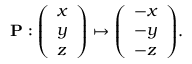
\mathbf { P } : { \left( \begin{array} { l } { x } \\ { y } \\ { z } \end{array} \right) } \mapsto { \left( \begin{array} { l } { - x } \\ { - y } \\ { - z } \end{array} \right) } .